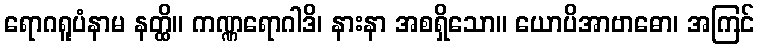
ရောဂရူပံနာမ နတ္ထိ။ ကဏ္ဏရောဂါဒိ၊ နားနာ အစရှိသော။ ယောပိအာဗာဓော၊ အကြင်